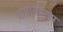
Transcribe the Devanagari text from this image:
भाषांतररूप